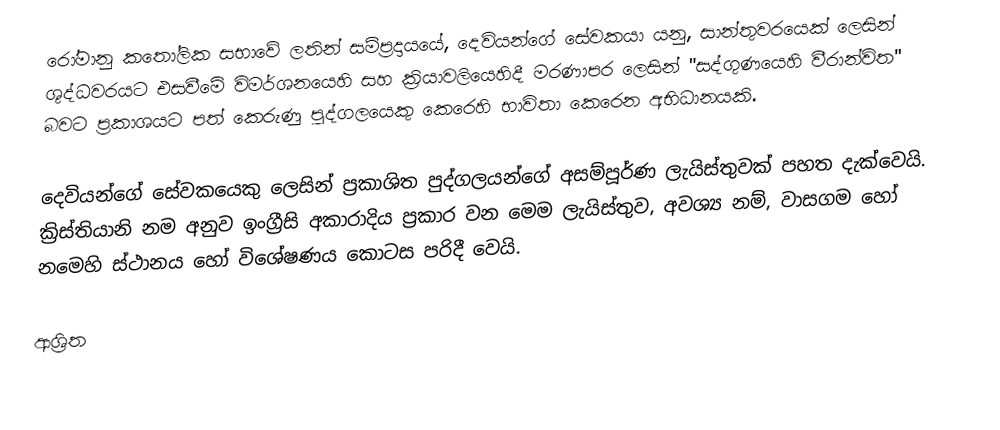
රෝමානු කතෝලික සභාවේ ලතින් සම්ප්‍රදායයේ, දෙවියන්ගේ සේවකයා යනු,  සාන්තුවරයෙක් ලෙසින් ශුද්ධවරයට එසවීමේ විමර්ශනයෙහි සහ ක්‍රියාවලියෙහිදී මරණාපර ලෙසින්  "සද්ගුණයෙහි වීරාන්විත" බවට ප්‍රකාශයට පත් කෙරුණු පුද්ගලයෙකු කෙරෙහි භාවිතා කෙරෙන අභිධානයකි.

දෙවියන්ගේ සේවකයෙකු ලෙසින් ප්‍රකාශිත පුද්ගලයන්ගේ අසම්පූර්ණ ලැයිස්තුවක් පහත දැක්වෙයි.  ක්‍රිස්තියානි නම අනුව ඉංග්‍රීසි අකාරාදිය ප්‍රකාර වන මෙම ලැයිස්තුව, අවශ්‍ය නම්, වාසගම හෝ නමෙහි ස්ථානය හෝ විශේෂණය කොටස පරිදී වෙයි.

ආශ්‍රිත